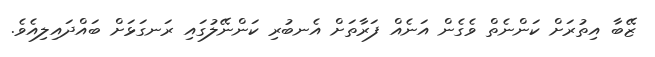
ޒޭބާ އިތުރަށް ކަންނެތް ވެގެން އަނެއް ފަރާތަށް އެނބުރި ކަންނޭލުގައި ރަނގަޅަށް ބައްދައިލިއެވެ.